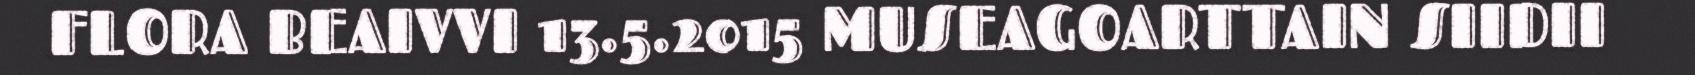
FLORA BEAIVVI 13.5.2015 MUSEAGOARTTAIN SIIDII